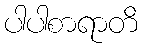
ပါပါစာရာတိ